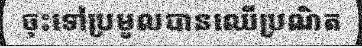
ចុះទៅប្រមូលបានឈើប្រណិត